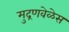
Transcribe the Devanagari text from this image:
मुद्रणवेळेस